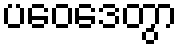
ပဝေဒေတွာ